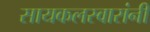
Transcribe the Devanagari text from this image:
सायकलस्वारांनी